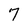
Character: 7